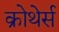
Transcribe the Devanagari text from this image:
क्रोथेर्स